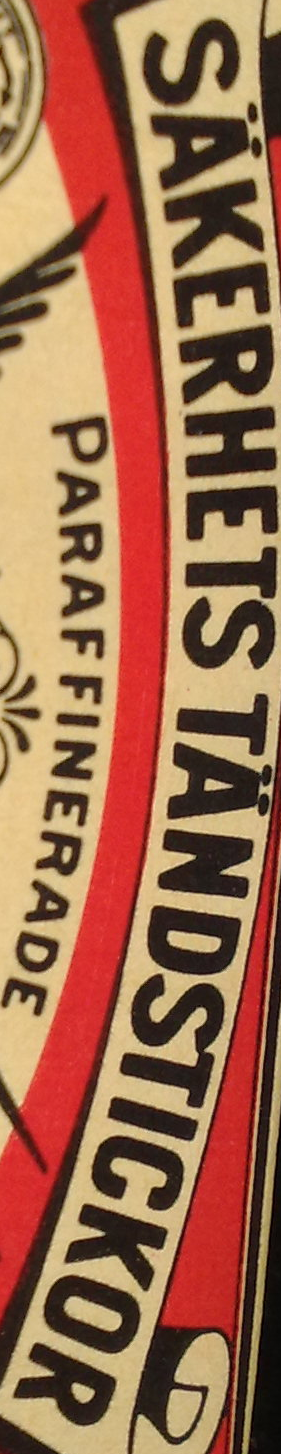
SAKERHETS TANDSTICKOR